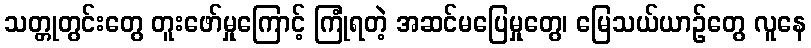
သတ္တုတွင်းတွေ တူးဖော်မှုကြောင့် ကြုံရတဲ့ အဆင်မပြေမှုတွေ၊ မြေသယ်ယာဉ်တွေ လူနေ